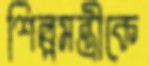
শিল্পমন্ত্রীকে